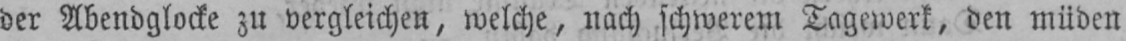
der Abendglocke zu vergleichen, welche, nach schwerem Tagewerk, den müden